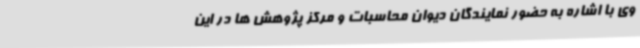
وی با اشاره به حضور نمایندگان دیوان محاسبات و مرکز پژوهش ها در این